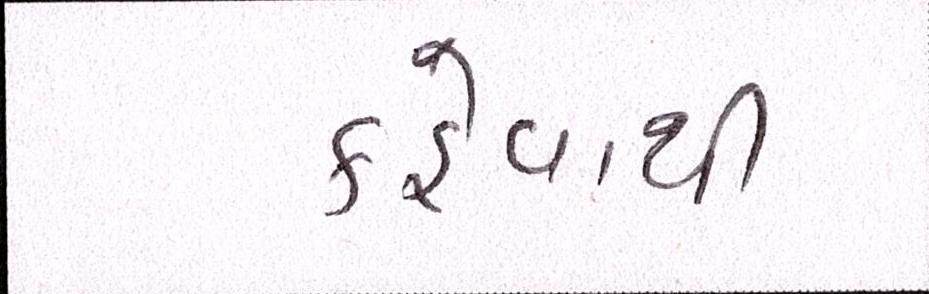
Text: કહેવાથી